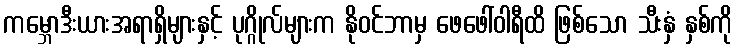
ကမ္ဘောဒီးယားအရာရှိများနှင့် ပုဂ္ဂိုလ်များက နိုဝင်ဘာမှ ဖေဖေါ်ဝါရီထိ ဖြစ်သော သီးနှံ နှစ်ကို